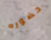
حضوره